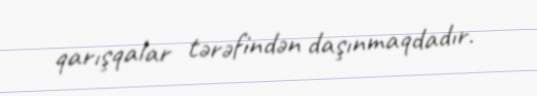
qarışqalar tərəfindən daşınmaqdadır.